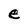
Character: e